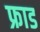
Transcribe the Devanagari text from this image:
फ्राड